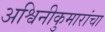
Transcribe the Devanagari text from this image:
अश्विनीकुमारांचा